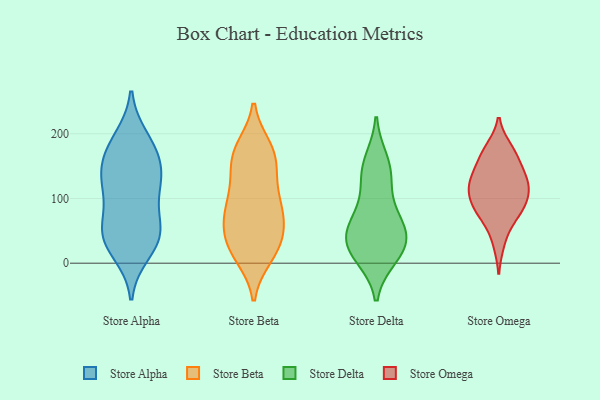
{"axis": {"x": "Humidity (%)", "y": "Value"}, "legend": ["Store Alpha", "Store Beta", "Store Delta", "Store Omega"], "data": [{"x": "", "y": 49, "type": "Store Alpha"}, {"x": "", "y": 140, "type": "Store Alpha"}, {"x": "", "y": 177, "type": "Store Alpha"}, {"x": "", "y": 45, "type": "Store Alpha"}, {"x": "", "y": 192, "type": "Store Alpha"}, {"x": "", "y": 49, "type": "Store Alpha"}, {"x": "", "y": 178, "type": "Store Alpha"}, {"x": "", "y": 91, "type": "Store Alpha"}, {"x": "", "y": 17, "type": "Store Alpha"}, {"x": "", "y": 122, "type": "Store Alpha"}, {"x": "", "y": 156, "type": "Store Alpha"}, {"x": "", "y": 31, "type": "Store Alpha"}, {"x": "", "y": 129, "type": "Store Alpha"}, {"x": "", "y": 119, "type": "Store Alpha"}, {"x": "", "y": 50, "type": "Store Alpha"}, {"x": "", "y": 21, "type": "Store Beta"}, {"x": "", "y": 122, "type": "Store Beta"}, {"x": "", "y": 165, "type": "Store Beta"}, {"x": "", "y": 175, "type": "Store Beta"}, {"x": "", "y": 14, "type": "Store Beta"}, {"x": "", "y": 52, "type": "Store Beta"}, {"x": "", "y": 61, "type": "Store Beta"}, {"x": "", "y": 86, "type": "Store Beta"}, {"x": "", "y": 169, "type": "Store Beta"}, {"x": "", "y": 77, "type": "Store Beta"}, {"x": "", "y": 157, "type": "Store Beta"}, {"x": "", "y": 89, "type": "Store Beta"}, {"x": "", "y": 131, "type": "Store Beta"}, {"x": "", "y": 25, "type": "Store Beta"}, {"x": "", "y": 11, "type": "Store Beta"}, {"x": "", "y": 63, "type": "Store Beta"}, {"x": "", "y": 178, "type": "Store Beta"}, {"x": "", "y": 99, "type": "Store Beta"}, {"x": "", "y": 37, "type": "Store Beta"}, {"x": "", "y": 157, "type": "Store Delta"}, {"x": "", "y": 64, "type": "Store Delta"}, {"x": "", "y": 140, "type": "Store Delta"}, {"x": "", "y": 15, "type": "Store Delta"}, {"x": "", "y": 132, "type": "Store Delta"}, {"x": "", "y": 80, "type": "Store Delta"}, {"x": "", "y": 27, "type": "Store Delta"}, {"x": "", "y": 35, "type": "Store Delta"}, {"x": "", "y": 11, "type": "Store Delta"}, {"x": "", "y": 55, "type": "Store Delta"}, {"x": "", "y": 38, "type": "Store Delta"}, {"x": "", "y": 116, "type": "Store Omega"}, {"x": "", "y": 145, "type": "Store Omega"}, {"x": "", "y": 72, "type": "Store Omega"}, {"x": "", "y": 129, "type": "Store Omega"}, {"x": "", "y": 166, "type": "Store Omega"}, {"x": "", "y": 72, "type": "Store Omega"}, {"x": "", "y": 131, "type": "Store Omega"}, {"x": "", "y": 88, "type": "Store Omega"}, {"x": "", "y": 97, "type": "Store Omega"}, {"x": "", "y": 176, "type": "Store Omega"}, {"x": "", "y": 113, "type": "Store Omega"}, {"x": "", "y": 171, "type": "Store Omega"}, {"x": "", "y": 124, "type": "Store Omega"}, {"x": "", "y": 91, "type": "Store Omega"}, {"x": "", "y": 32, "type": "Store Omega"}]}